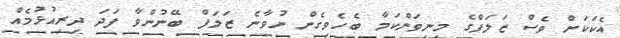
އެކަކަށް ވެސް ޒަލަފްގެ މިނިވަންކަމާ ބެހެވިގެން ނުވާނެ ޒަލަފް ބޭނުންވާ ފަދަ ދިރިއުޅުމެއް